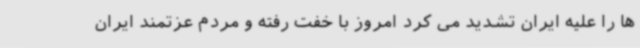
ها را علیه ایران تشدید می کرد امروز با خفت رفته و مردم عزتمند ایران